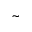
\tilde { }